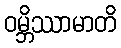
ဝမ္ဘိဿာမာတိ